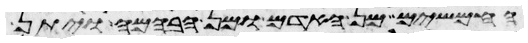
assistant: החמשים מן האדם ומן הבהמה ויתן